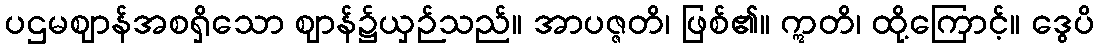
ပဌမဈာန်အစရှိသော ဈာန်၌ယှဉ်သည်။ အာပဇ္ဇတိ၊ ဖြစ်၏။ ဣတိ၊ ထို့ကြောင့်။ ဒွေပိ